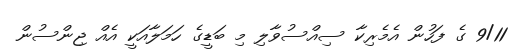
9/11 ގެ ފަހުން އެމެރިކާ ސިއްސުވާލި މި ބަޑީގެ ހަމަލާއަކީ އެއް ޖިންސުން